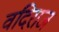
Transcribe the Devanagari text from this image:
वदिराज